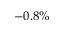
- 0 . 8 \%